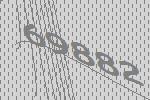
69882